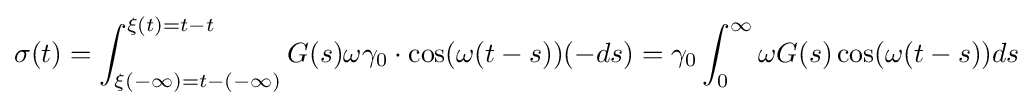
\sigma (t)=\int _{\xi (-\infty )=t-(-\infty )}^{\xi (t)=t-t}G(s)\omega \gamma _{0}\cdot \cos(\omega (t-s))(-ds)=\gamma _{0}\int _{0}^{\infty }\omega G(s)\cos(\omega (t-s))ds